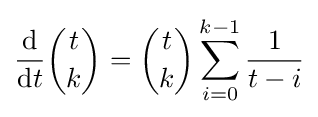
{\frac {\mathrm {d} }{\mathrm {d} t}}{\binom {t}{k}}={\binom {t}{k}}\sum _{i=0}^{k-1}{\frac {1}{t-i}}